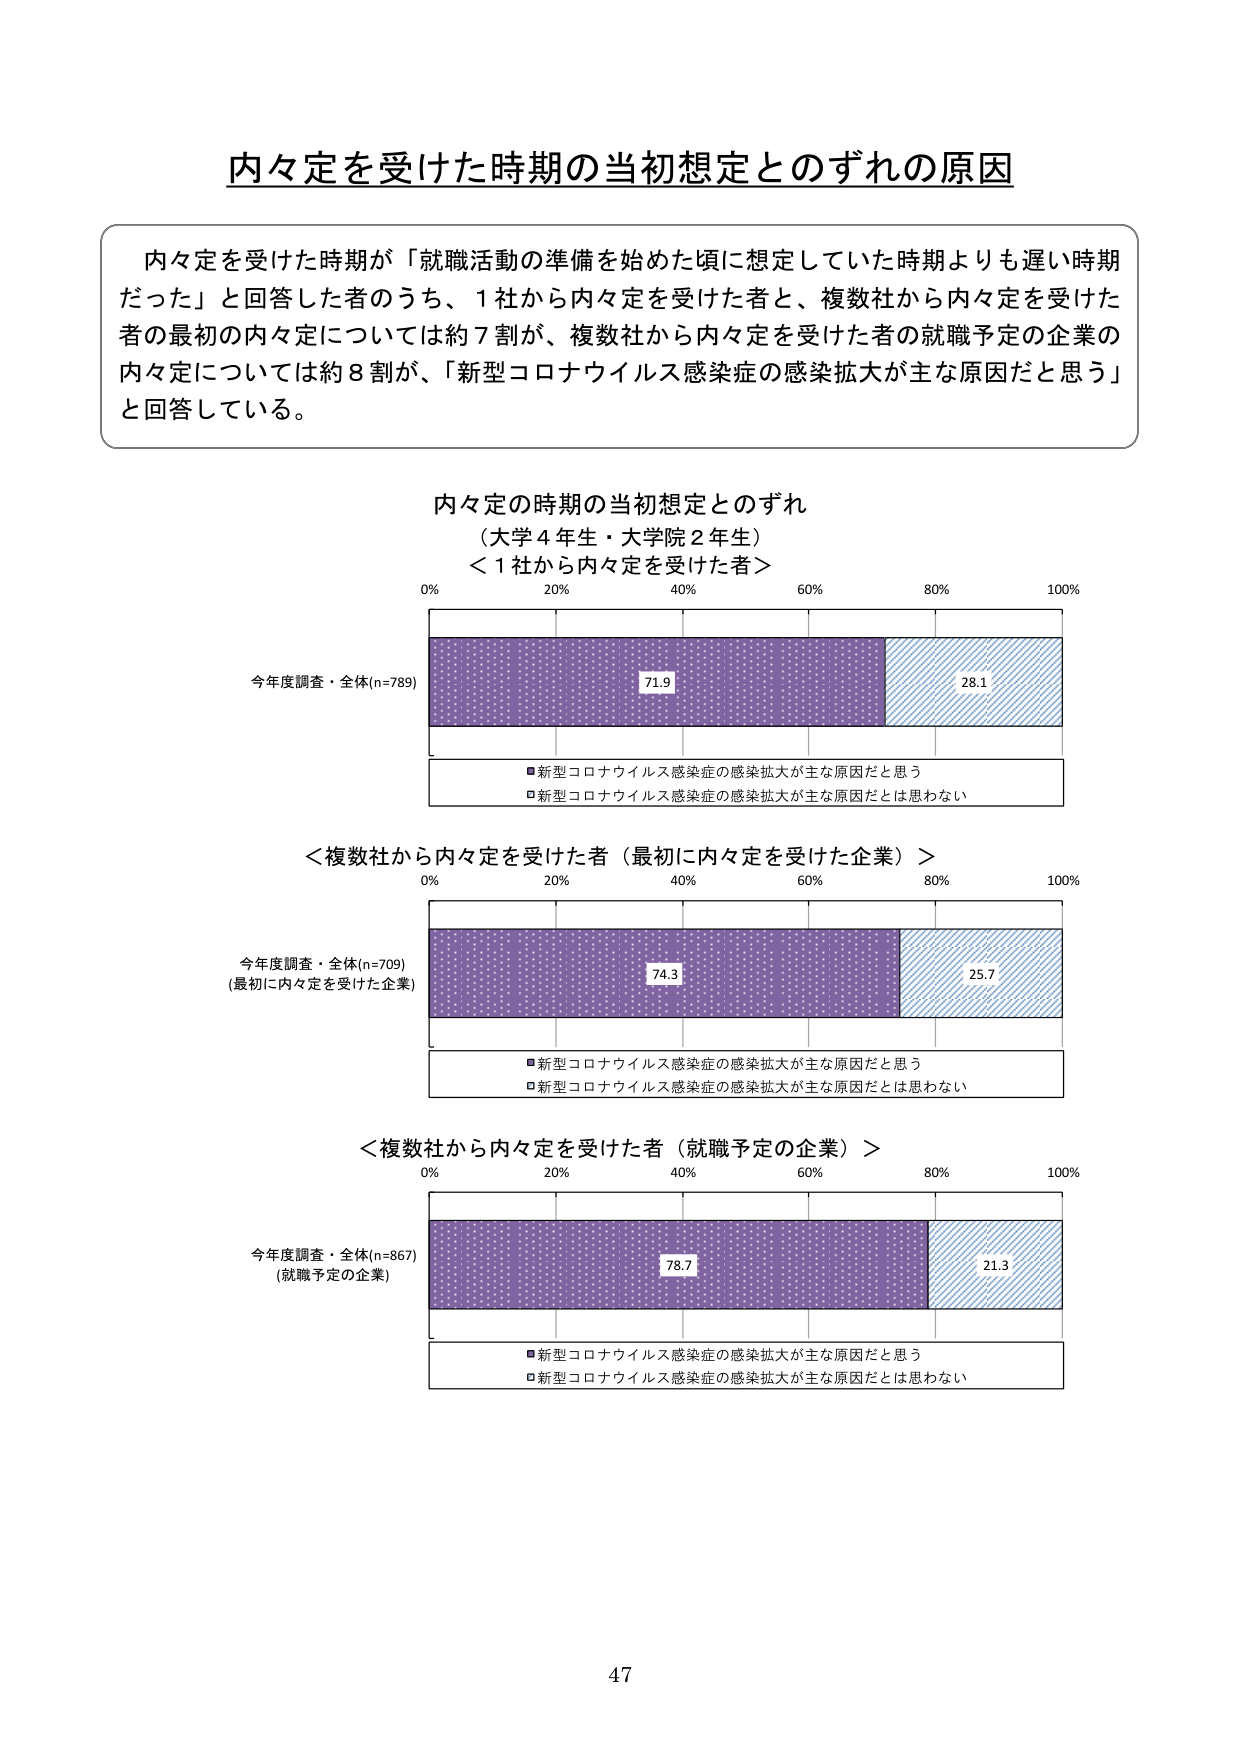
内々定を受けた時期の当初想定とのずれの原因

内々定を受けた時期が「就職活動の準備を始めた頃に想定していた時期よりも遅い時期だった」と回答した者のうち、1社から内々定を受けた者と、複数社から内々定を受けた者の最初の内々定については約7割が、複数社から内々定を受けた者の就職予定の企業の内々定については約8割が、「新型コロナウイルス感染症の感染拡大が主な原因だと思う」と回答している。

内々定の時期の当初想定とのずれ
（大学4年生・大学院2年生）

＜1社から内々定を受けた者＞
0% 20% 40% 60% 80% 100%
今年度調査・全体(n=789)
71.9 28.1
■新型コロナウイルス感染症の感染拡大が主な原因だと思う
□新型コロナウイルス感染症の感染拡大が主な原因だとは思わない

＜複数社から内々定を受けた者（最初に内々定を受けた企業）＞
0% 20% 40% 60% 80% 100%
今年度調査・全体(n=709)
(最初に内々定を受けた企業)
74.3 25.7
■新型コロナウイルス感染症の感染拡大が主な原因だと思う
□新型コロナウイルス感染症の感染拡大が主な原因だとは思わない

＜複数社から内々定を受けた者（就職予定の企業）＞
0% 20% 40% 60% 80% 100%
今年度調査・全体(n=867)
(就職予定の企業)
78.7 21.3
■新型コロナウイルス感染症の感染拡大が主な原因だと思う
□新型コロナウイルス感染症の感染拡大が主な原因だとは思わない

47